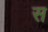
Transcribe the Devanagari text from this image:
स